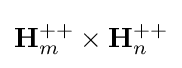
\mathbf {H} _{m}^{++}\times \mathbf {H} _{n}^{++}